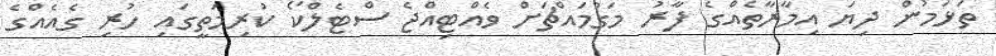
ތަޅަމުން ދިޔަ އިމާރާތެއްގެ ފާރު މަގުމައްޗަށް ވެއްޓިއްޖެ ސްޓެލްކޯ ކުރިމަތީގައި ހުރި ގެއެއްގެ